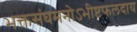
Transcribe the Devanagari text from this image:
भक्तसंघमनोऽभीष्टफलदाय